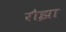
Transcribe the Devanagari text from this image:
रौझा